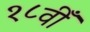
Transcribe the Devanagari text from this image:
१८वीँ